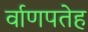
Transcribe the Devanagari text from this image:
र्वाणपतेह